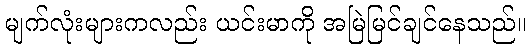
မျက်လုံးများကလည်း ယင်းမာကို အမြဲမြင်ချင်နေသည်။